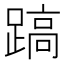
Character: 𨃤